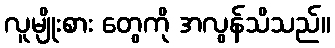
လူမျိုးစား တွေကို အလွန်သိသည်။